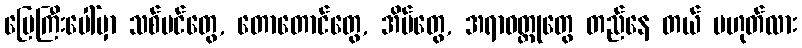
မြေကြီးပေါ်မှာ သစ်ပင်တွေ, တောတောင်တွေ, အိမ်တွေ, အရာဝတ္ထုတွေ တည်နေ တယ် မဟုတ်လား